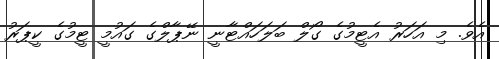
އެވެ. މި އަހަރު އެޓީމުގެ ގޯލް ބަލަހައްޓާނީ ނޭޕާލްގެ ގައުމީ ޓީމުގެ ކީޕަރު